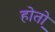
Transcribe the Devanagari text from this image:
होतो़